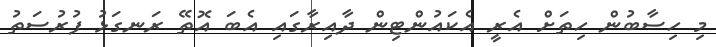
މި ހިސާބުން ހިތަށް އެރީ އެކައުންޓިން ދާއިރާގައި އެބަ އޮތޭ ރަނގަޅު ފުރުސަތު